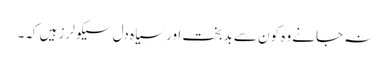
نہ جانے وہ کون سے بدبخت اور سیاہ دل سیکولرز ہیں کہ۔